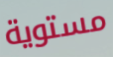
مستوية